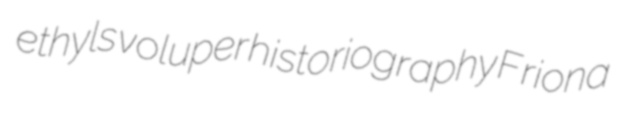
ethyls voluper historiography Friona